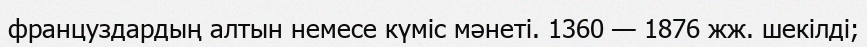
француздардың алтын немесе күміс мәнеті. 1360 — 1876 жж. шекілді;